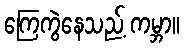
ကြေကွဲနေသည့် ကမ္ဘာ။